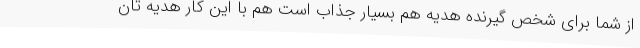
از شما برای شخص گیرنده هدیه هم بسیار جذاب است هم با این کار هدیه تان